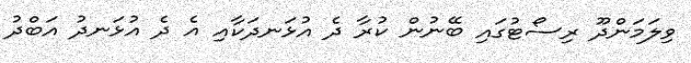
ވިލަމަންދޫ ރިސޯޓުގައި ބޭނުން ކުރާ ދެ އުޅަނދަކާއި އެ ދެ އުޅަނދު އަބްދު